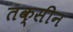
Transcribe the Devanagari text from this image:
तक्सीन